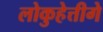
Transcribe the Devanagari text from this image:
लोकुहेत्तीगे